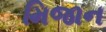
મિજાન